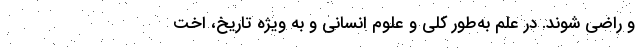
و راضی شوند. در علم به‌طور کلی و علوم انسانی و به ویژه تاریخ، اخت